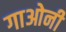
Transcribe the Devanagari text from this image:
गाओनी